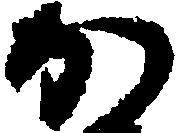
か